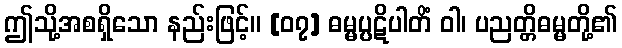
ဤသို့အစရှိသော နည်းဖြင့်။ [၀၇] ဓမ္မပ္ပဋိပါတိံ ဝါ၊ ပညတ္တိဓမ္မတို့၏